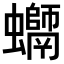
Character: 𧔽